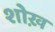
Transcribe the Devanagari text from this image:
शोख़